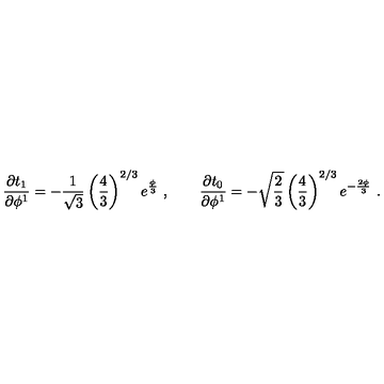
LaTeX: { \frac { \partial t _ { 1 } } { \partial \phi ^ { 1 } } } = - { \frac { 1 } { \sqrt 3 } } \left( { \frac { 4 } { 3 } } \right) ^ { 2 / 3 } e ^ { { \frac { \phi } { 3 } } } \ , \qquad { \frac { \partial t _ { 0 } } { \partial \phi ^ { 1 } } } = - \sqrt { \frac { 2 } { 3 } } \left( { \frac { 4 } { 3 } } \right) ^ { 2 / 3 } e ^ { - { \frac { 2 \phi } { 3 } } } \ .